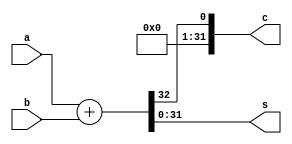
`timescale 1ns / 1ps
//////////////////////////////////////////////////////////////////////////////////
//
// HUST Verilog Experiment 4 and 5 : Full adder
//
// Pan Yue
//
//////////////////////////////////////////////////////////////////////////////////

module full_adder(a, b, c, s);
	parameter WIDTH = 32;

	input [WIDTH-1:0]	a, b;
	output [WIDTH-1:0]	s;
	output [WIDTH-1:0]	c;

	assign {c, s} = a + b;
endmodule